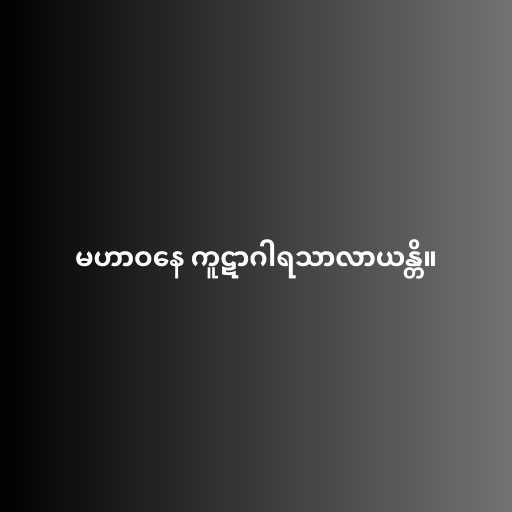
မဟာဝနေ ကူဋာဂါရသာလာယန္တိ။